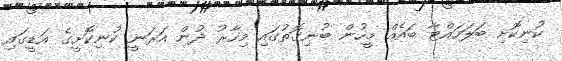
ކުނިކޮށި ބަލަހައްޓާ ބައެއް މީހުން ބުނިގޮތުގައި މިހާރު ދުން އަރަނީ ކުނިކޮށީގެ އަޑީގައި